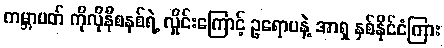
ကမ္ဘာပတ် ကိုလိုနီစနစ်ရဲ့ လှိုင်းကြောင့် ဥရောပနဲ့ အာရှ နှစ်နိုင်ငံကြား